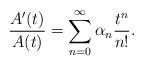
LaTeX: \begin{align*}\frac{A'(t)}{A(t)}=\sum_{n=0}^\infty \alpha_n\frac{t^n}{n!}.\end{align*}